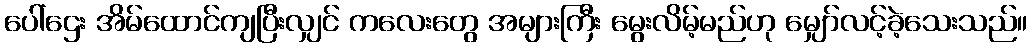
ပေါ်ဌေး အိမ်ထောင်ကျပြီးလျှင် ကလေးတွေ အများကြီး မွေးလိမ့်မည်ဟု မျှော်လင့်ခဲ့သေးသည်။